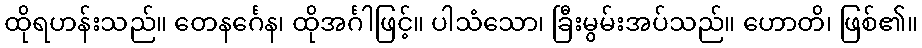
ထိုရဟန်းသည်။ တေနင်္ဂေန၊ ထိုအင်္ဂါဖြင့်။ ပါသံသော၊ ခြီးမွမ်းအပ်သည်။ ဟောတိ၊ ဖြစ်၏။